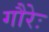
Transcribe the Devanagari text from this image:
गौरेः